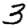
Digit: 3